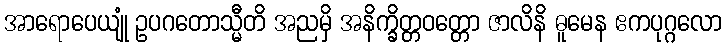
အာရောပေယျုံ ဥပဂတောသ္မီတိ အညမှိ အနိက္ခိတ္တဝတ္တော ဇာလိနိ ဓူမေန ဧကပုဂ္ဂလော